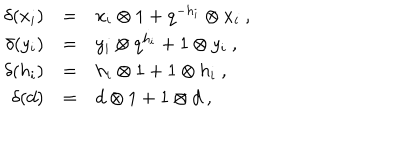
LaTeX: \begin{array} { r c l } { { \delta ( x _ { i } ) } } & { { = } } & { { x _ { i } \otimes 1 + q ^ { - h _ { i } } \otimes x _ { i } \ , } } \\ { { \delta ( y _ { i } ) } } & { { = } } & { { y _ { i } \otimes q ^ { h _ { i } } + 1 \otimes y _ { i } \ , } } \\ { { \delta ( h _ { i } ) } } & { { = } } & { { h _ { i } \otimes 1 + 1 \otimes h _ { i } \ , } } \\ { { \delta ( d ) } } & { { = } } & { { d \otimes 1 + 1 \otimes d \ , } } \\ \end{array}